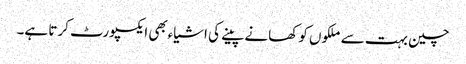
چین بہت سے ملکوں کو کھانے پینے کی اشیاءبھی ایکسپورٹ کرتا ہے۔